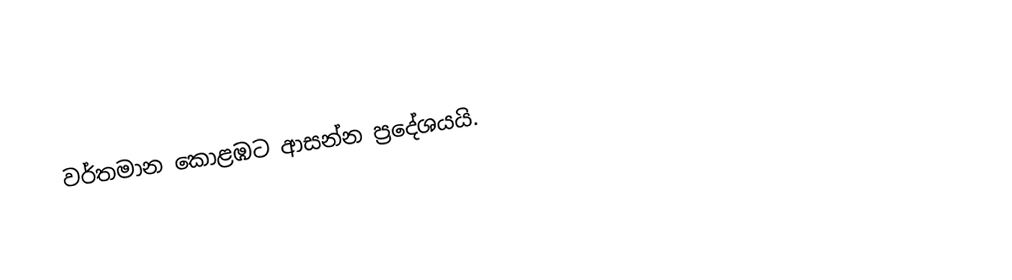
වර්තමාන කොළඹට ආසන්න ප්‍රදේශයයි.